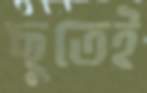
ছুতেই